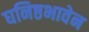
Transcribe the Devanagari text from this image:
घनिष्ठभावेन